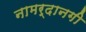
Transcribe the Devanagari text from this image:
नामर्दानगी